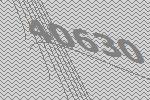
40630